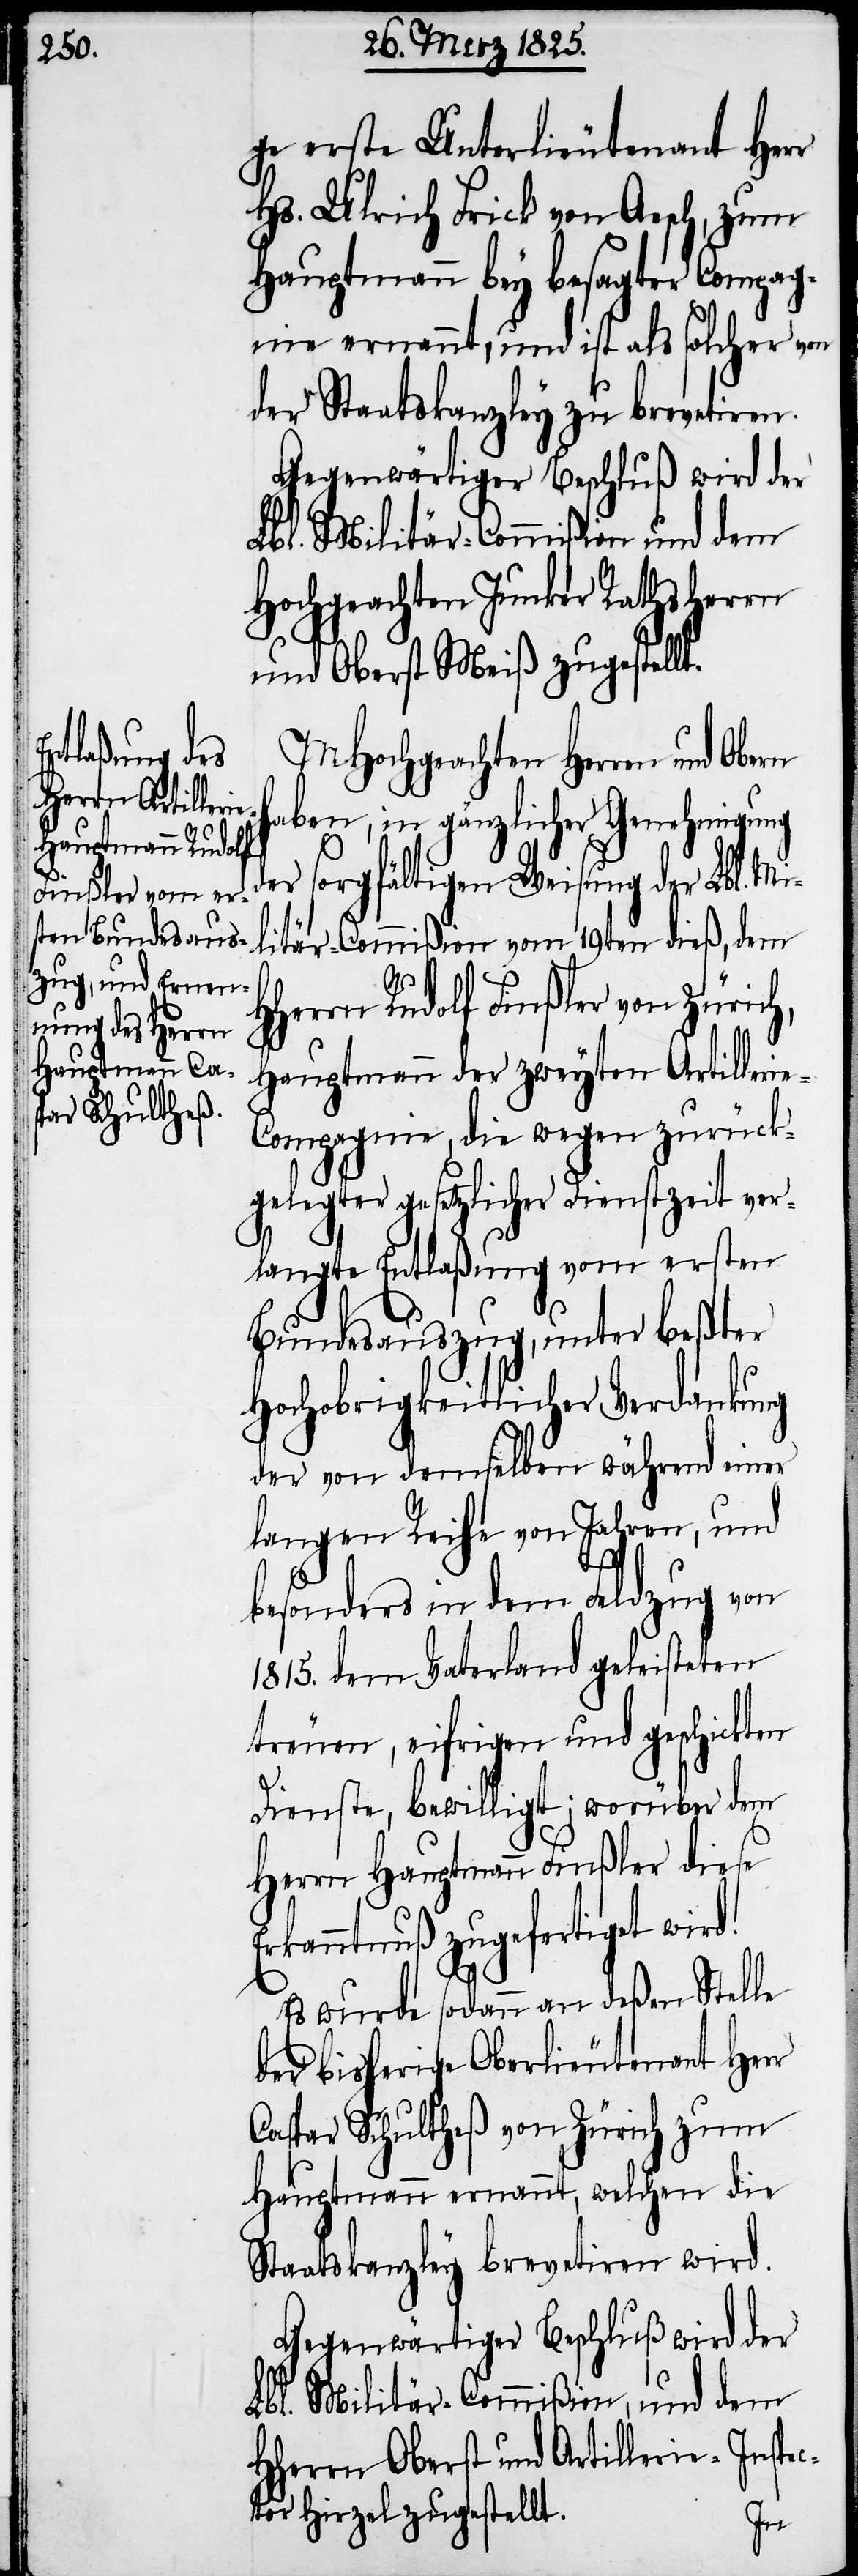
ge erste Unterlieutenant Herr
Hs. Ulrich Frick von Aesch, zum
Hauptmann bey besagter Compag¬
nie ernannt, und ist als solcher von
der Staatskanzley zu brevetiren.
Gegenwärtiger Beschluß wird der
Lbl. Militär-Commißion und dem
Hochgeachten Junker Rathsherrn
und Oberst Meiß zugestellt.
MHochgeachten Herren und Obern
haben, in gänzlicher Genehmigung
der sorgfältigen Weisung der Lbl. Mi¬
litär-Commißion vom 19ten dieß, dem
Herrn Rudolf Finßler von Zürich,
Hauptmann der zweyten Artilleri¬
e-Compagnie, die wegen zurück¬
gelegter gesetzlicher Dienstzeit ver¬
langte Entlaßung vom ersten
Bundesauszug, unter beßter
Hochobrigkeitlicher Verdankung
der von demselben während einer
langen Reihe von Jahren, und
besonders in dem Feldzug von
1815. dem Vaterland geleisteten
treuen, eifrigen und geschickten
Dienste, bewilligt; worüber dem
Herrn Hauptmann Finßler diese
Erkanntnuß zugefertiget wird.
Es wurde sodann an deßen Stelle
der bisherige Oberlieutenant Herr
Caspar Schultheß von Zürich zum
Hauptmann ernannt, welchen die
Staatskanzley brevetiren wird.
Gegenwärtiger Beschluß wird der
Lbl. Militär-Commißion, und dem
HHerrn Oberst und Artillerie-Inspec¬
tor Hirzel zugestellt.
H¬